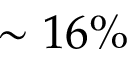
\sim 1 6 \%